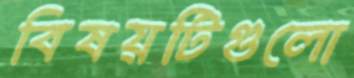
বিষয়টিগুলো